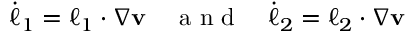
\begin{array} { r } { \dot { \boldsymbol { \ell } } _ { 1 } = \boldsymbol { \ell } _ { 1 } \cdot \nabla \mathbf { v } \quad \mathrm { ~ a ~ n ~ d ~ } \quad \dot { \boldsymbol { \ell } } _ { 2 } = \boldsymbol { \ell } _ { 2 } \cdot \nabla \mathbf { v } } \end{array}